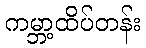
ကမ္ဘာ့ထိပ်တန်း